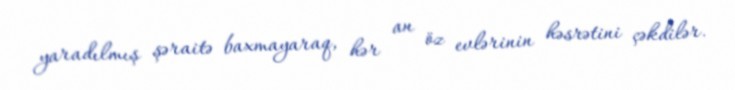
yaradılmış şəraitə baxmayaraq, hər an öz evlərinin həsrətini çəkdilər.